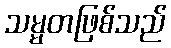
သမ္မတဖြစ်သည်